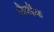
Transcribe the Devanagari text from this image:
लैनफ्रैंक